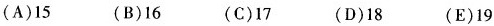
(A)15 (B)16 (C)17 (D)18 (E)19